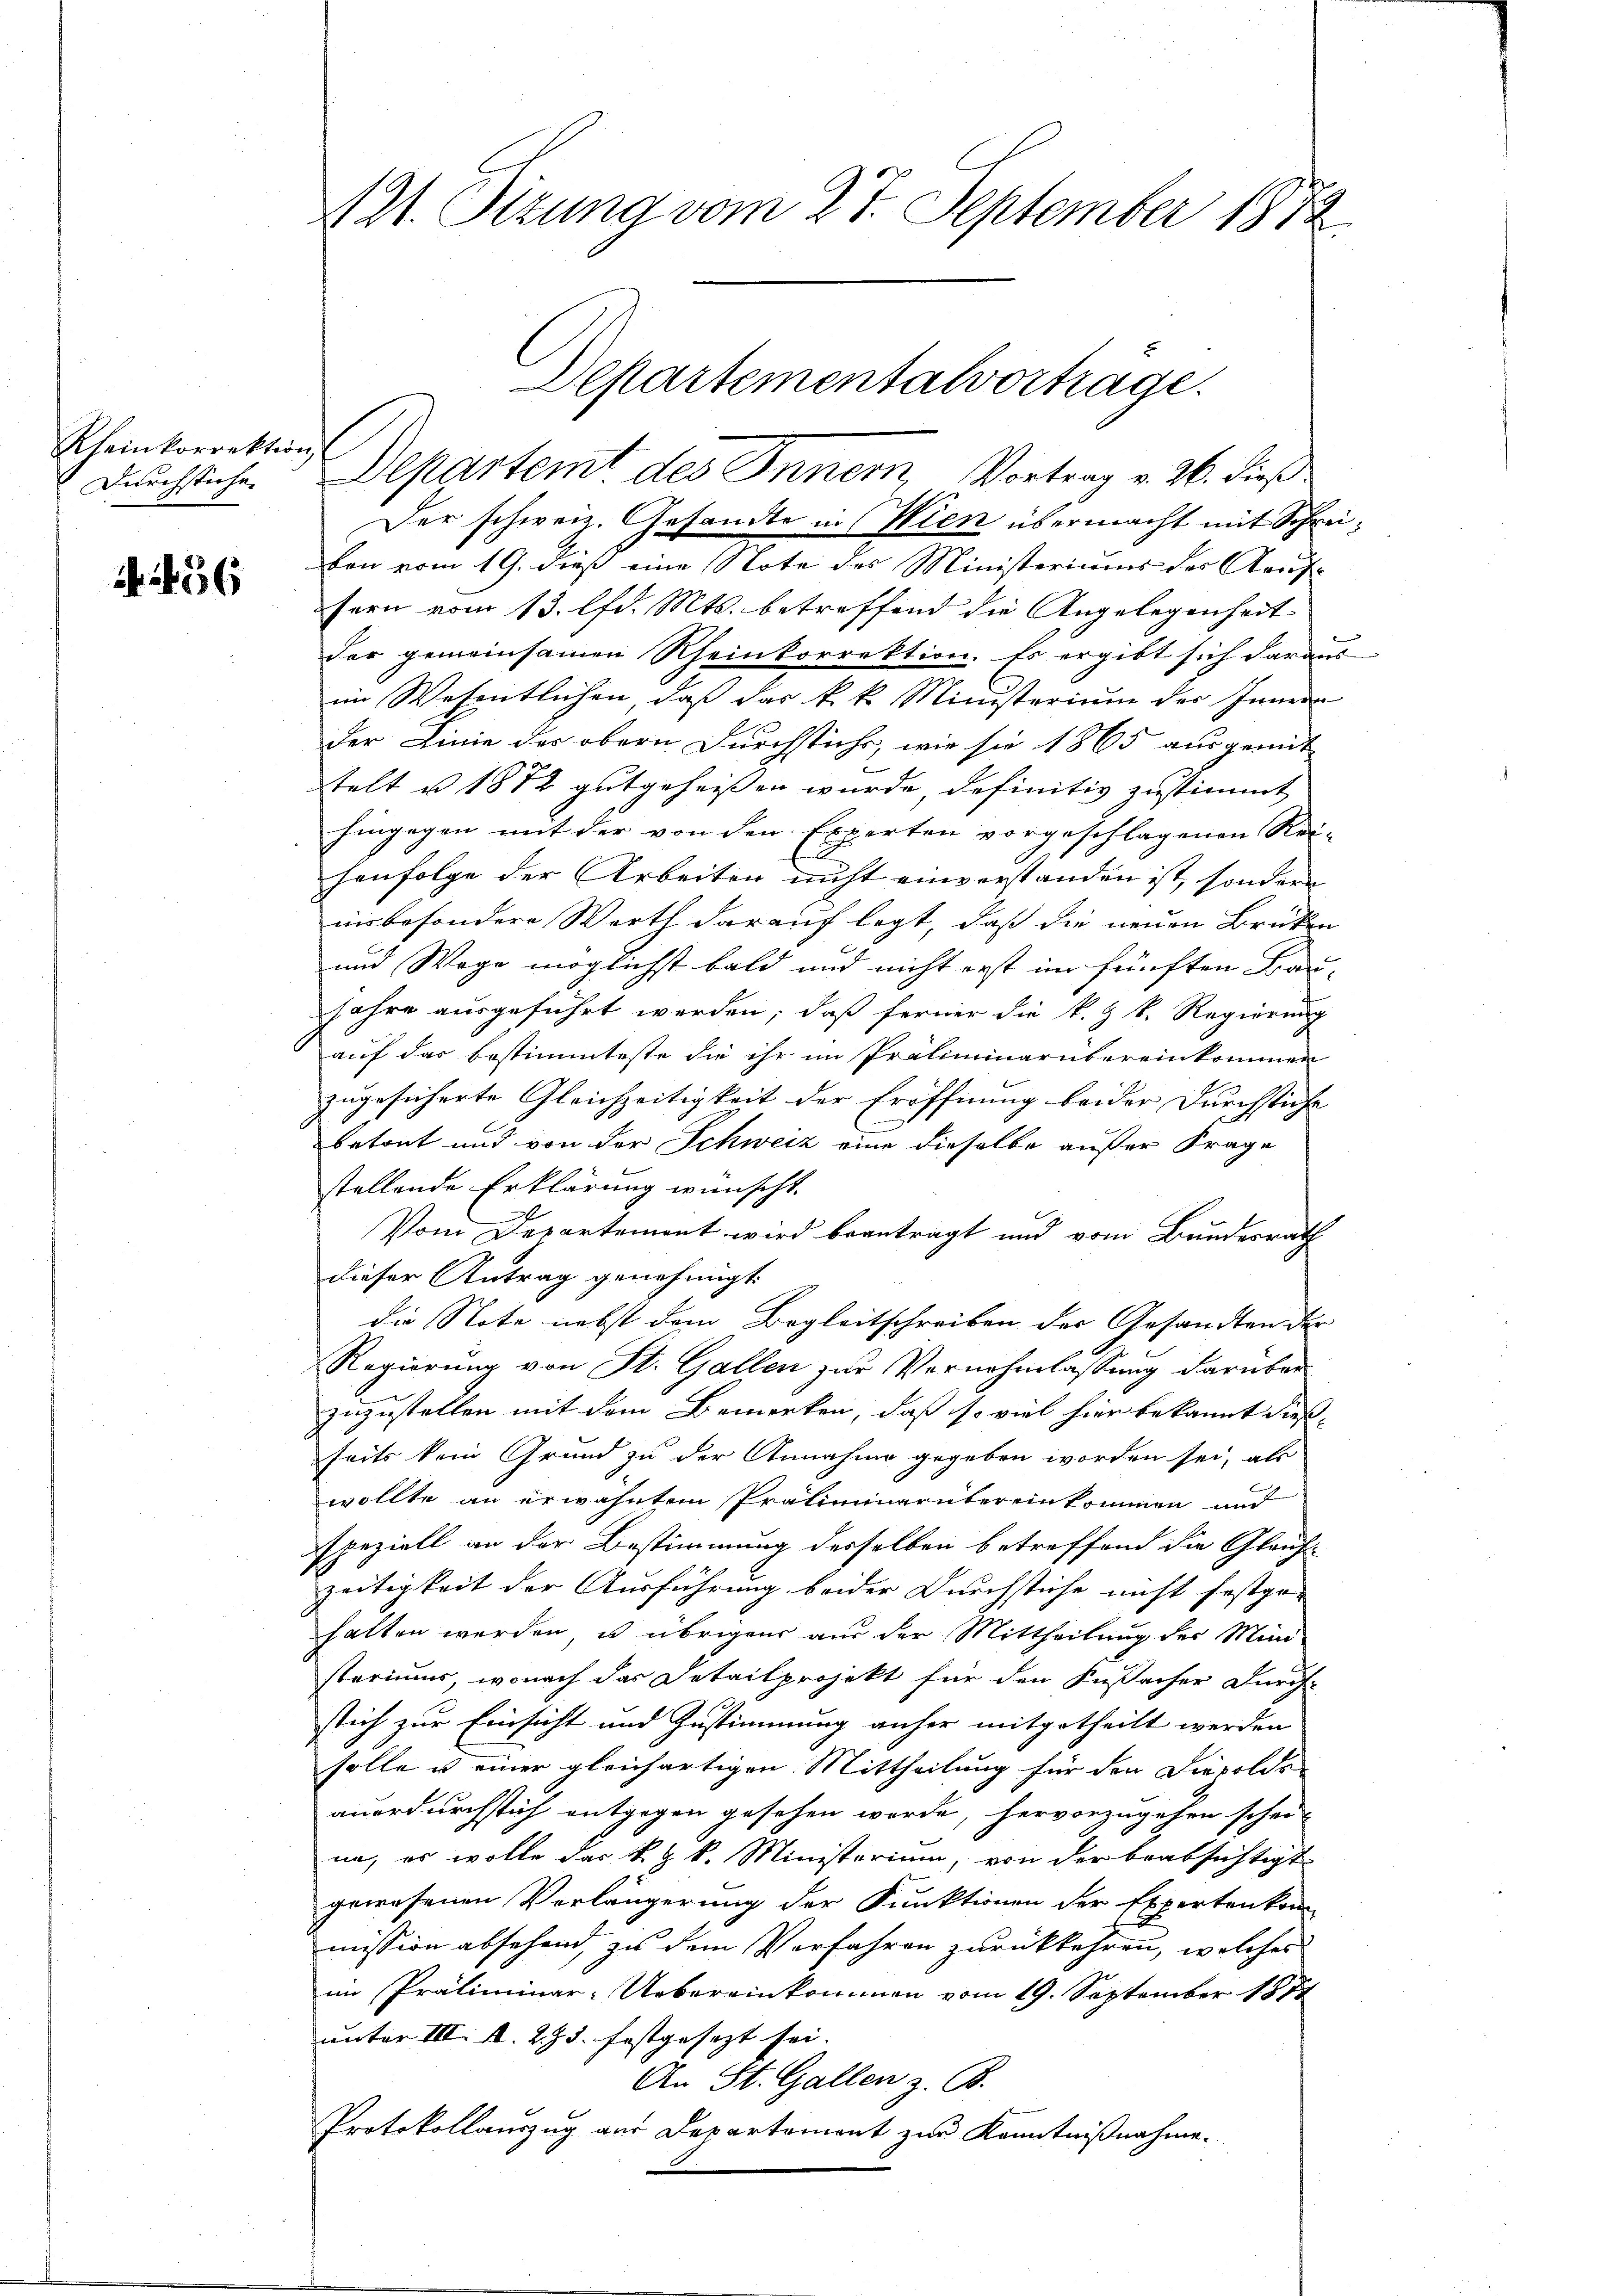
Rheinkorrektion
Durchstiche.

36

421. Setzung vom 27. September 1872

Der schweiz. Gesandte in Wien übermacht mit Schreivon vom 19. dieß eine Note des Ministeriums des Aeuffern vom 13. lfd. Mts. betreffend die Angelegenheit
der gemeinsamen Rheinkorrektion. Es ergibt sich daraus
im Wesentlichen dass das k.k. Ministerium des Innern
der Linie der obern Durchstichs, wie sie 1865 ausgemit
telt u. 1872 gutgeheißen wurde definitiv zustimmt
hingegen mit der von den Experten vorgeschlagenen Rei-
henfolge der Arbeiten nicht einverstanden ist, sondern
nis besondere Werth darauf legt, daß die neuen Brüken
und Wage möglichst bald und nicht erst im fünften Bau-
Jahre ausgeführt werden; daß ferner die k. k. Regierung
auf das bestimmteste die ihr im Präliminarübereinkommen
zugesicherte Gleichzeitigkeit der Eröffnung beider Durchstiche
n
betont und von der Schweiz eine dieselbe außer Frage
stellende Erklärung wünscht.
Vom Departement wird beantragt und vom Bundesrath
dieser Antrag genehmigt.
die Note nebst dem Begleitschreiben der Gesandten der
Regierung von St. Gallen zur Vernehmlassung darüber
zuzustellen mit dem Bemerken, daß so viel hier bekannt dies-
seits kein Grund zu der Annahme gegeben worden sei, als
wollte an erwähntem Präliminarübereinkommen und
speziell an der Bestimmung desselben betreffend die Gleichzeitigkeit der Ausführung beider Durchstiche nicht festge-
halten werden, u. übrigens aus der Mittheilung des Mini-
steriums, wonach das Detailprojekt für den Fußsacher Durch-
stich zur Einsicht und Zustimmung anher mitgetheilt werden
solle u einer gleichartigen Mittheilung für den Diesolde
anordurchstich entgegen gesehen werde, hervorzugehen schei-
ne, es wolle das k. k. Ministerium, von der beabsichtigt
gewesenen Verlängerung der Funktionen der Expertenkom-
mission absehend, zu dem Verfahren zurückkehren, welches
im Präliminar-Uebereinkommen vom 19. September 1874
unter III. A. 275. festgesezt sei. |
An St. Gallen z. B.
Protokollauszug aus Departemont zur Kenntnißnahme.

Departementalvortrage.
Departemt des Inner Vortrag v. 26. dieß